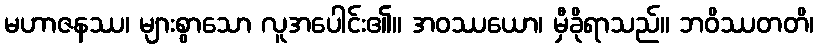
မဟာဇနဿ၊ များစွာသော လူအပေါင်း၏။ အဝဿယော၊ မှီခိုရာသည်။ ဘဝိဿတတိ၊